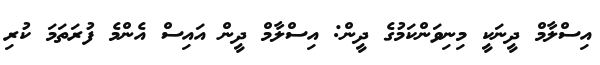
އިސްލާމް ދީނަކީ މިނިވަންކަމުގެ ދީން: އިސްލާމް ދީން އައިސް އެންމެ ފުރަތަމަ ކުރި